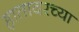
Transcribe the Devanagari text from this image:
हातावरच्या